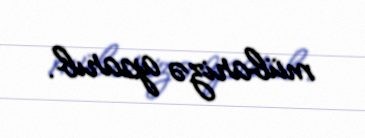
mübarizə aparıb.